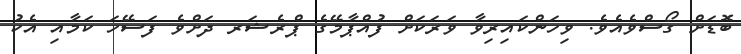
ބޮޑަށް ގޯސްވެއެވެ. ވިހަންކައިރިވާ ވަރަކަށް ފުއްޕާމޭގެ ޕްރެޝަރ ދަށްވެ ފަސޭހަ ކަމާއި އެކު